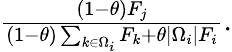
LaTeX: \begin{array}{r}{\frac{\left(1-\theta\right)F_{j}}{\left(1-\theta\right)\sum_{k\in\Omega_{i}}F_{k}+\theta\left|\Omega_{i}\right|F_{i}}.}\end{array}